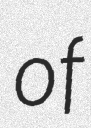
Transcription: of